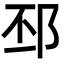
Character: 邳